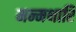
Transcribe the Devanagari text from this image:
मन्मथारि